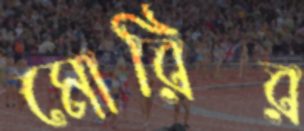
মোরির